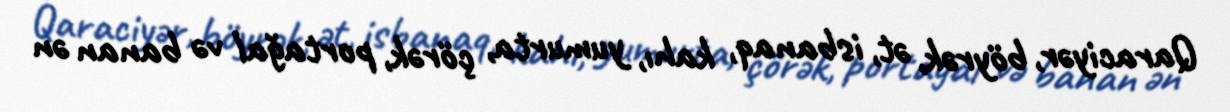
Qaraciyər, böyrək, ət, isbanaq, kahı, yumurta, çörək, portağal və banan ən